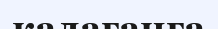
калағанға